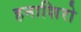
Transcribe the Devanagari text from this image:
हनाशिरो